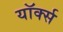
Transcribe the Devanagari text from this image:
यॉर्क्स